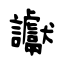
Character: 讞